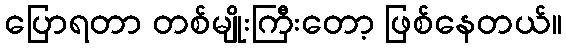
ပြောရတာ တစ်မျိုးကြီးတော့ ဖြစ်နေတယ်။